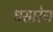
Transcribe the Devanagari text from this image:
धसारेग